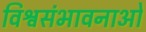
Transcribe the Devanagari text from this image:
विश्वसंभावनाओं